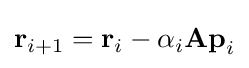
\mathbf {r} _{i+1}=\mathbf {r} _{i}-\alpha _{i}\mathbf {Ap} _{i}